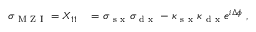
\begin{array} { r l } { \sigma _ { \mathrm { ~ M ~ Z ~ I ~ } } = X _ { 1 1 } } & { { } = \sigma _ { \mathrm { ~ s ~ x ~ } } \sigma _ { \mathrm { ~ d ~ x ~ } } - \kappa _ { \mathrm { ~ s ~ x ~ } } \kappa _ { \mathrm { ~ d ~ x ~ } } e ^ { i \Delta \phi } \ , } \end{array}